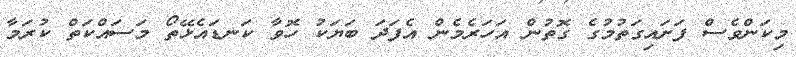
މިކަންވެސް ފަށައިގަތުމުގެ ގޮތުން އަހަރެމެން އެފަދަ ބަޔަކު ހޮވާ ކަނޑައެޅޭތޯ މަސައްކަތް ކުރަމާ